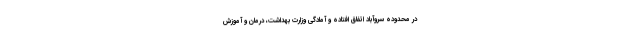
در محدوده سروآباد اتفاق افتاده و آمادگی وزارت بهداشت، درمان و آموزش